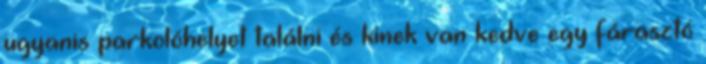
ugyanis parkolóhelyet találni és kinek van kedve egy fárasztó